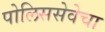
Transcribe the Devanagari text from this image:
पोलिससेवेचा